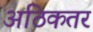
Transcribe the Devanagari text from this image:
अठिकतर